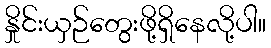
နှိုင်းယှဉ်တွေးဖို့ရှိနေလို့ပါ။